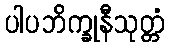
ပါပဘိက္ခုနီသုတ္တံ